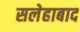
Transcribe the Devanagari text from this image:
सलेहाबाद